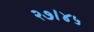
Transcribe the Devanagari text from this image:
२७।४५